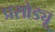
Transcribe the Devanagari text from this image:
प्रसोड्यू